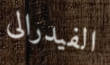
الفيدرالى